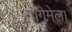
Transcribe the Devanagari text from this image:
गौगेमेला